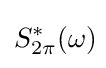
S_{2\pi }^{*}(\omega )\!